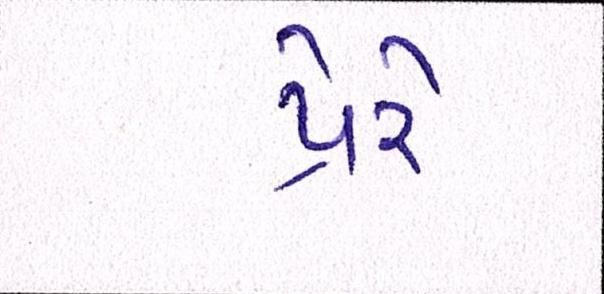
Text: પ્રેરે